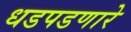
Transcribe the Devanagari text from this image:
धडपडणारे